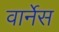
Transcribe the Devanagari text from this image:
वार्नेस